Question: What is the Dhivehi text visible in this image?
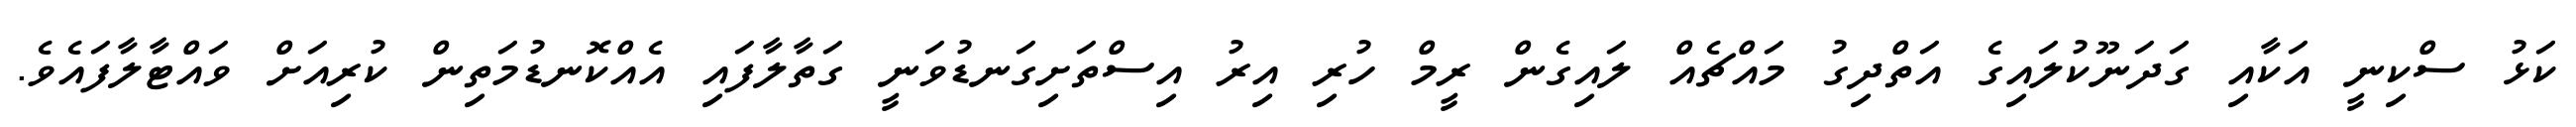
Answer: ކަޅު ސްކިނީ އަކާއި ގަދަނޫކުލައިގެ އަތްދިގު މައްޗެއް ލައިގެން ރީމް ހުރި އިރު އިސްތަށިގަނޑުވަނީ ގަތާލާފައި އެއްކޮނޑުމަތިން ކުރިއަށް ވައްޓާލާފައެވެ.